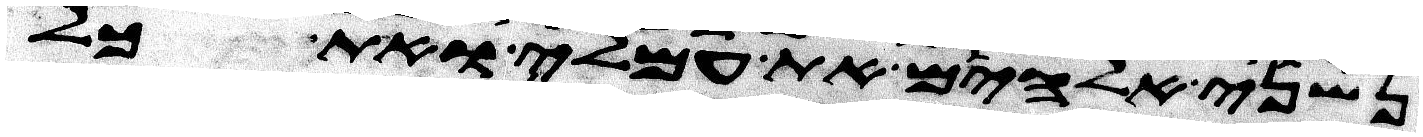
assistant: נשני אלהים את עמלי ואת כל